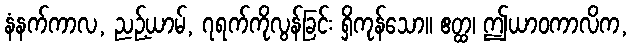
နံနက်ကာလ, ညဉ့်ယာမ်, ၇ရက်ကိုလွန်ခြင်း ရှိကုန်သော။ ဧတ္ထ၊ ဤယာဝကာလိက,